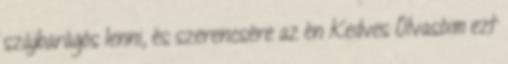
szájbarágós lenni, és szerencsére az én Kedves Olvasóim ezt